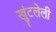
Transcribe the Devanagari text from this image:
खुंटलेली